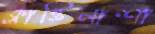
ক্লান্তিনাশা